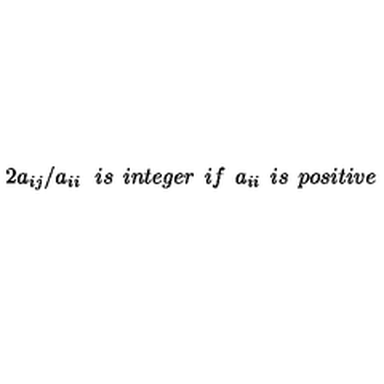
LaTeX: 2 a _ { i j } / a _ { i i } \: \: \: i s \: \: i n t e g e r \: \: i f \: \: a _ { i i } \: \: i s \: \: p o s i t i v e